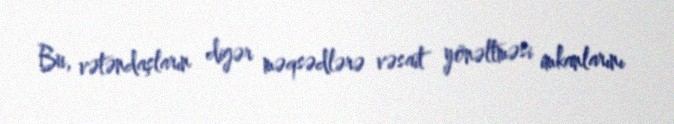
Bu, vətəndaşların digər məqsədlərə vəsait yönəltməsi imkanlarını